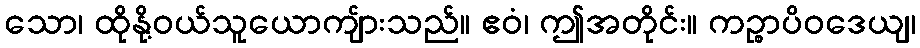
သော၊ ထိုနို့ဝယ်သူယောကျ်ားသည်။ ဧဝံ၊ ဤအတိုင်း။ ကဉ္စာပိဝဒေယျ၊